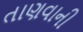
તાણવાની